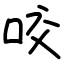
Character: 咬